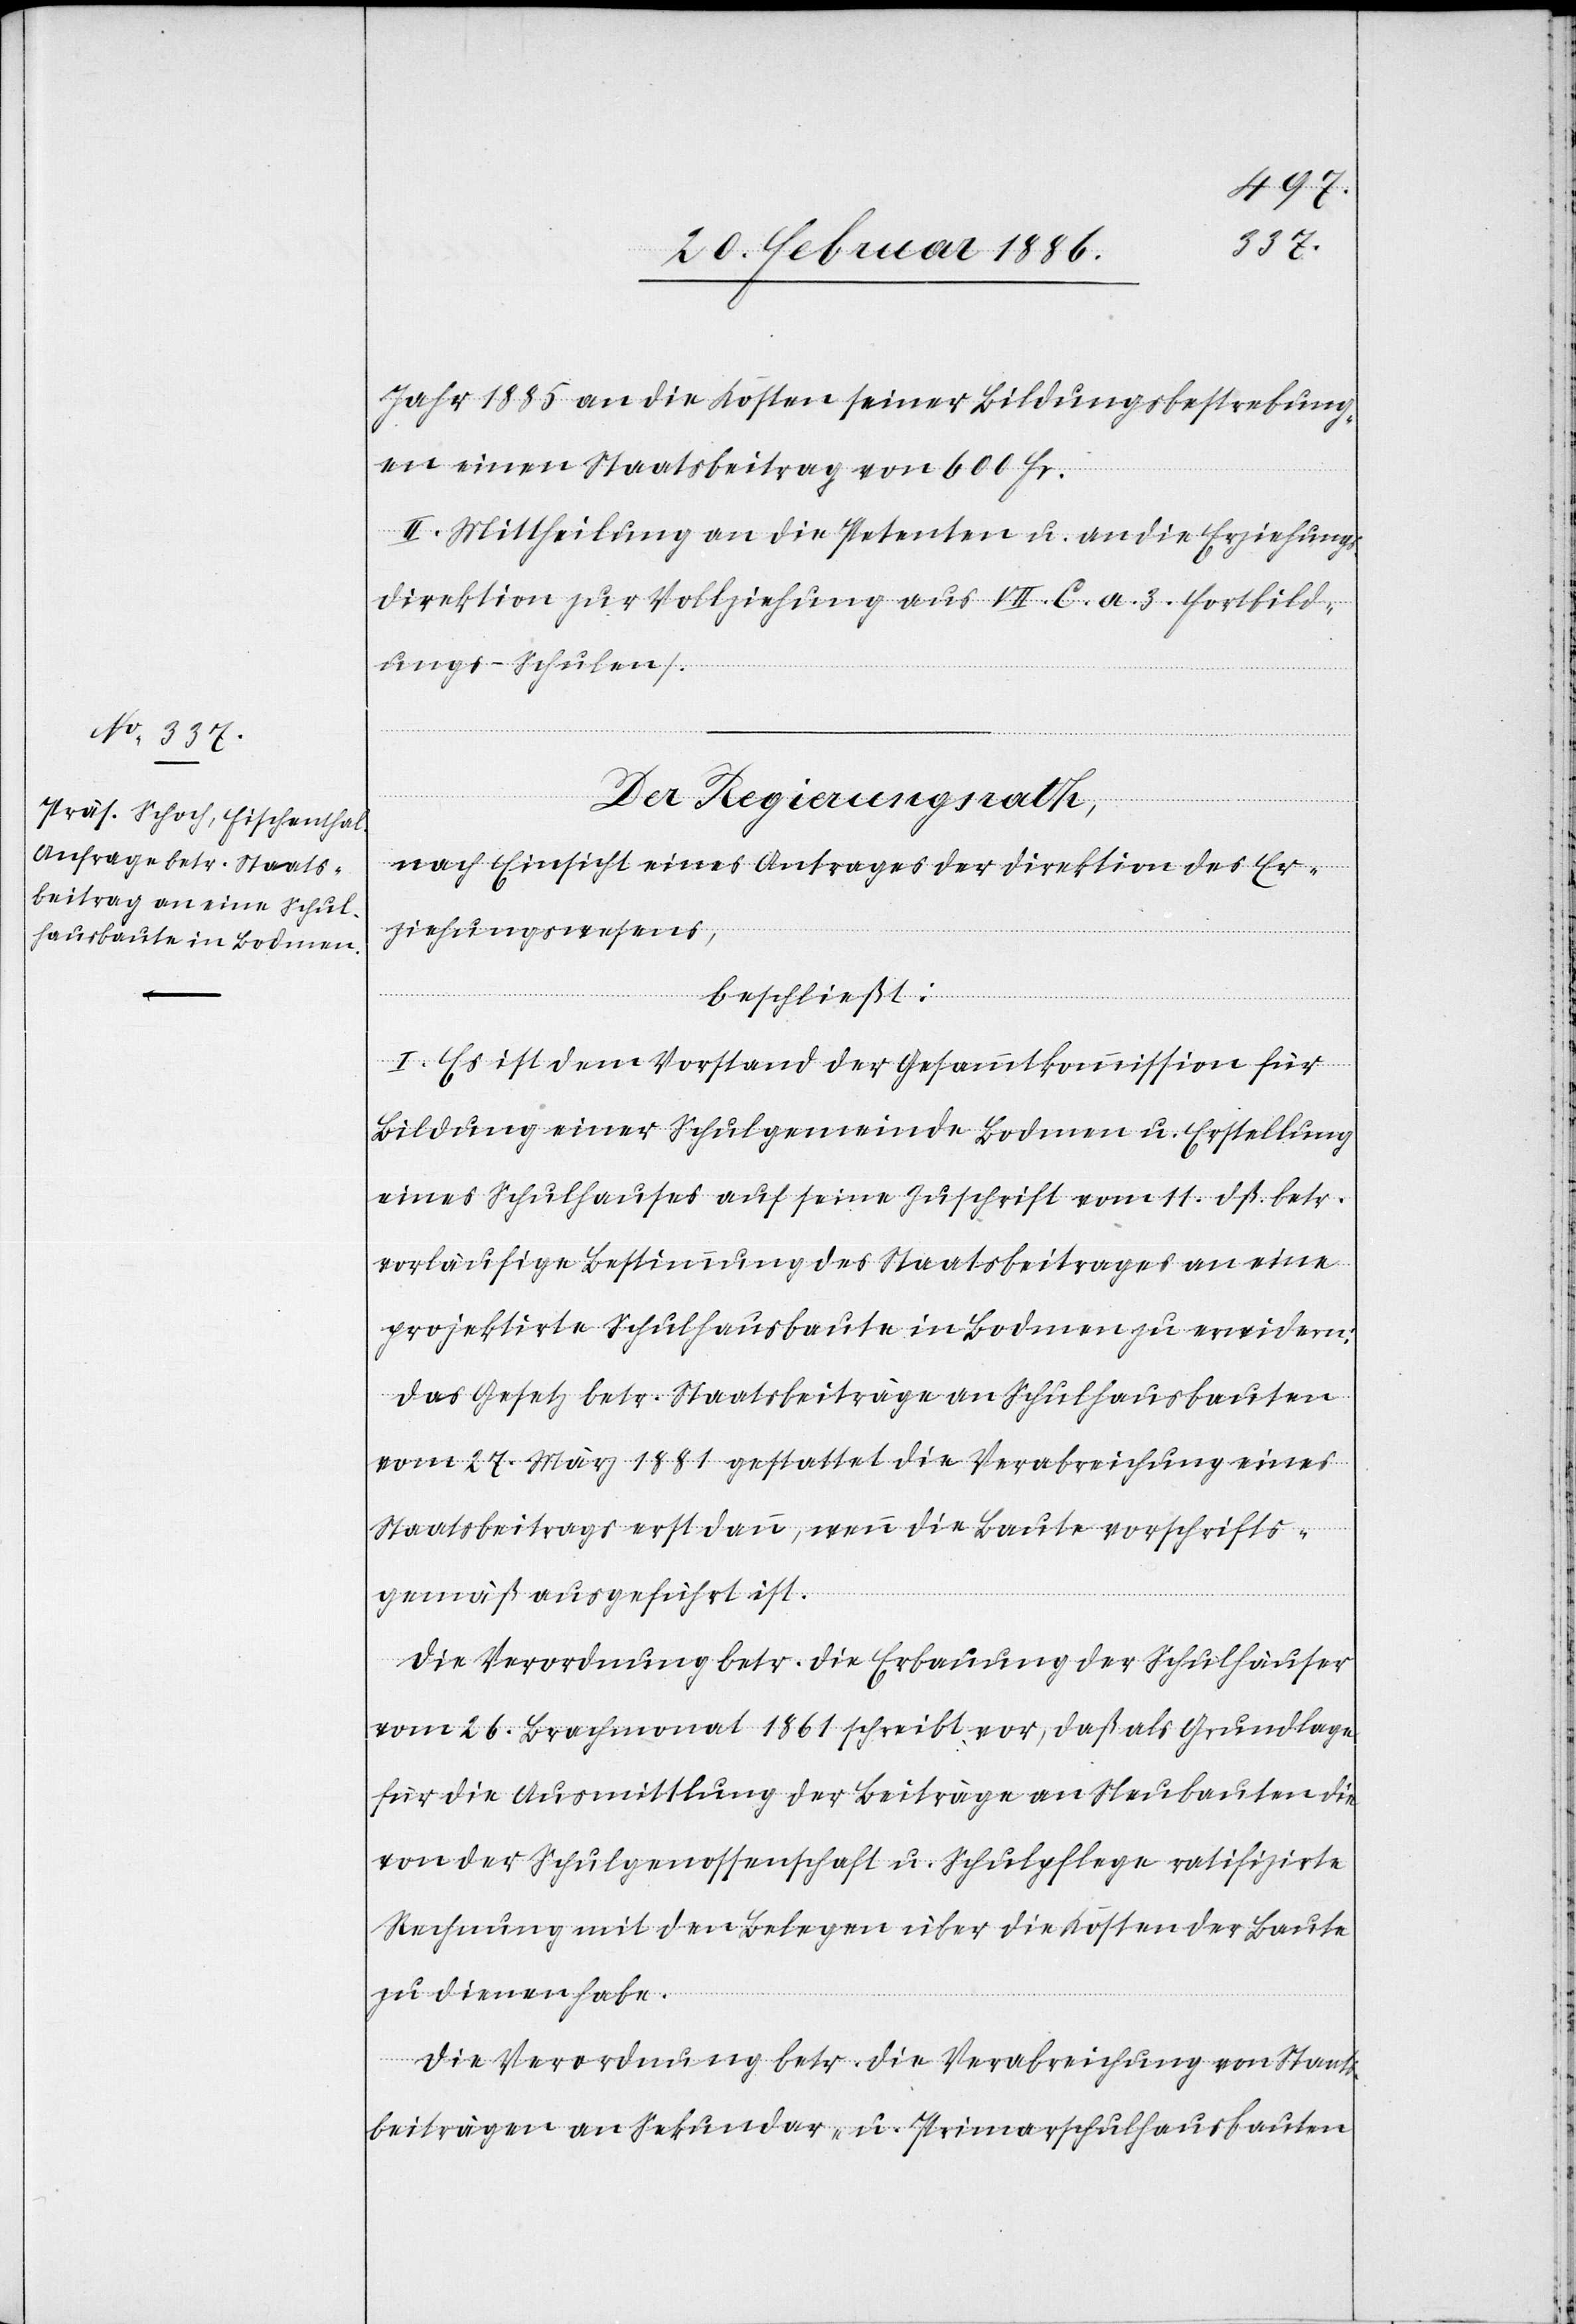
Jahr 1885 an die Kosten seiner Bildungsbestrebung¬
en einen Staatsbeitrag von 600 Fr.
II. Mittheilung an die Petenten u. an die Erziehungs¬
direktion zur Vollziehung aus VII. C. a. 3 Fortbild¬
ungs-Schulen.
Der Regierungsrath,
nach Einsicht eines Antrages der Direktion des Er¬
ziehungswesens,
beschließt:
I. Es ist dem Vorstand der Gesammtkommission für
Bildung einer Schulgemeinde Bodmen u. Erstellung
eines Schulhauses auf seine Zuschrift vom 11. dß. betr.
vorläufige Bestimmung des Staatsbeitrages an eine
projektirte Schulhausbaute in Bodmen zu erwidern:
Das Gesetz betr. Staatsbeiträge an Schulhausbauten
vom 27. März 1881 gestattet die Verabreichung eines
Staatsbeitrages erst dann, wenn die Baute vorschrifts¬
gemäß ausgeführt ist.
Die Verordnung betr. die Erbauung der Schulhäuser
vom 26. Brachmonat 1861 schreibt vor, daß als Grundlage
für die Ausmittlung der Beiträge an Neubauten die
von der Schulgenossenschaft u. Schulpflege ratifizirte
Rechnung mit den Belegen über die Kosten der Baute
zu dienen habe.
Die Verordnung betr. die Verabreichung von Staats¬
beiträgen an Sekundar- u. Primarschulhausbauten